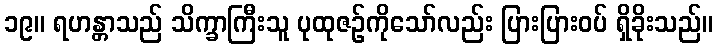
၁၉။ ရဟန္တာသည် သိက္ခာကြီးသူ ပုထုဇဉ်ကိုသော်လည်း ပြားပြားဝပ် ရှိခိုးသည်။